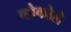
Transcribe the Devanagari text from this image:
व्होकोले